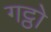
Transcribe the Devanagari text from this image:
गट्ठो